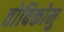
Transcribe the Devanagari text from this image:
तोबिकोमु